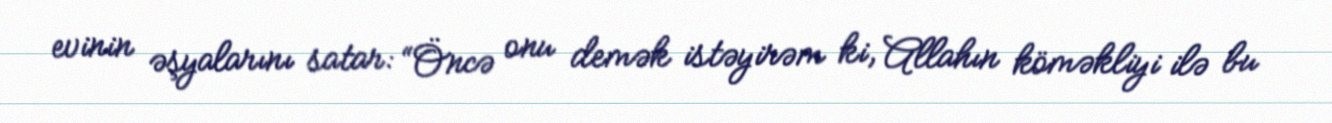
evinin əşyalarını satar: “Öncə onu demək istəyirəm ki, Allahın köməkliyi ilə bu